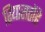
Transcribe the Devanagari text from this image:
रियासतोंहै